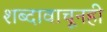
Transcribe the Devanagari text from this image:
शब्दावाचूनही